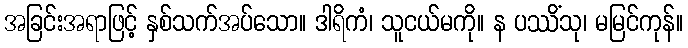
အခြင်းအရာဖြင့် နှစ်သက်အပ်သော။ ဒါရိကံ၊ သူငယ်မကို။ န ပဿိံသု၊ မမြင်ကုန်။